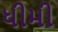
ધીમી